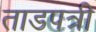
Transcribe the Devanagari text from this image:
ताडपत्री